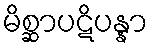
မိစ္ဆာပဋိပန္နာ